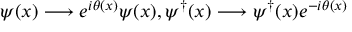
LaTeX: \psi ( x ) \longrightarrow e ^ { i \theta ( x ) } \psi ( x ) , \psi ^ { \dag } ( x ) \longrightarrow \psi ^ { \dag } ( x ) e ^ { - i \theta ( x ) }